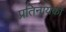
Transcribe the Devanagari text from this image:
प्रतिनायकों